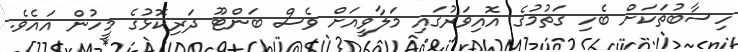
ހިސާބުތަކަށް ބެހި ގަތުމުގެ އޮއިވަރުގައި މަލާވީއަށް ވެސް ބަންޓޫ ދަރިކޮޅުގެ މީހުން އައެވެ.